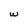
Character: w